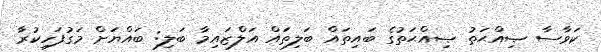
ކަވާސާ ޞިއްޙަތު ޞިއްޙަތުގެ ބައިތައް ބަލިތައް އަލްޒައިމާ ބަލި: ބައްޔަށް މަގުފަހިކުރާ